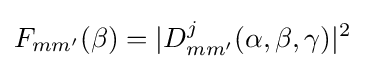
F_{mm'}(\beta )=|D_{mm'}^{j}(\alpha ,\beta ,\gamma )|^{2}